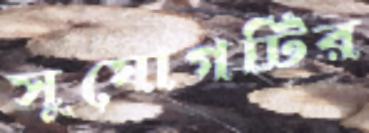
সুযোগটির